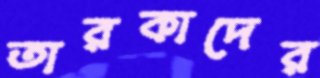
তারকাদের